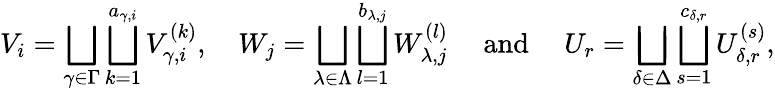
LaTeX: V_{i}=\bigsqcup_{\gamma\in\Gamma}\bigsqcup_{k=1}^{a_{\gamma,i}}V_{\gamma,i}^{(k)},\quad W_{j}=\bigsqcup_{\lambda\in\Lambda}\bigsqcup_{l=1}^{b_{\lambda,j}}W_{\lambda,j}^{(l)}\quad\mathrm{~and~}\quad U_{r}=\bigsqcup_{\delta\in\Delta}\bigsqcup_{s=1}^{c_{\delta,r}}U_{\delta,r}^{(s)},